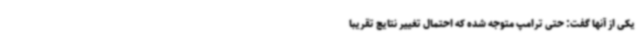
یکی از آنها گفت: حتی ترامپ متوجه شده که احتمال تغییر نتایج تقریبا